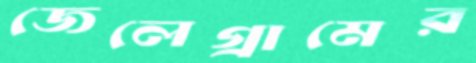
জেলেগ্রামের